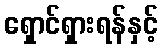
ရှောင်ရှားရန်နှင့်